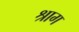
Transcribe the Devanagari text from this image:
श्राग